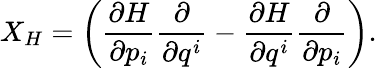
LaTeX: X_{H}=\left(\frac{\partial H}{\partial p_{i}}\frac{\partial}{\partial q^{i}}-\frac{\partial H}{\partial q^{i}}\frac{\partial}{\partial p_{i}}\right).